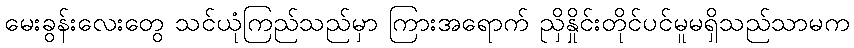
မေးခွန်းလေးတွေ သင်ယုံကြည်သည်မှာ ကြားအရောက် ညှိနှိုင်းတိုင်ပင်မူမရှိသည်သာမက